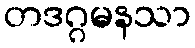
တဒဂ္ဂမနသာ